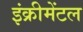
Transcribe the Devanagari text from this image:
इंक्रीमेंटल